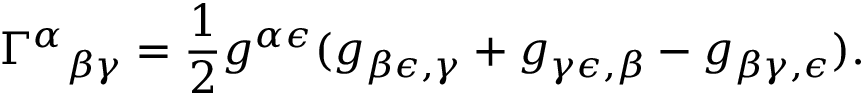
\Gamma ^ { \alpha } { } _ { \beta \gamma } = { \frac { 1 } { 2 } } g ^ { \alpha \epsilon } ( g _ { \beta \epsilon , \gamma } + g _ { \gamma \epsilon , \beta } - g _ { \beta \gamma , \epsilon } ) .